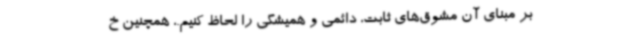
بر مبنای آن مشوق‌های ثابت، دائمی و همیشگی را لحاظ کنیم.، همچنین خ